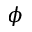
\phi